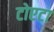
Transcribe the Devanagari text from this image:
टोएटा